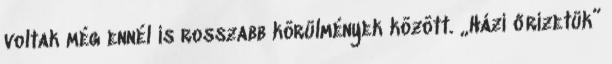
voltak még ennél is rosszabb körülmények között. „Házi őrizetük”